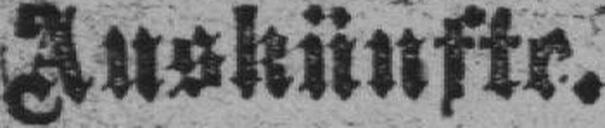
Auskünfte.